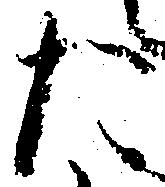
た